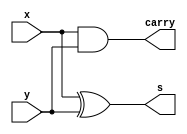
module half_adder(
	input x,
	input y,
	output s,
	output carry
);
assign s = x ^ y;
assign carry = x & y;
endmodule